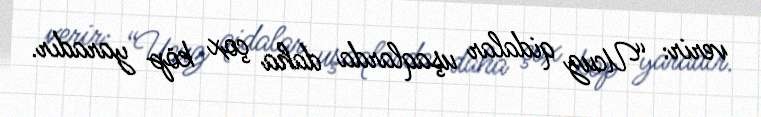
verir: “Ucuz qidalar uşaqlarda daha çox köp yaradır.